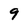
Character: 9